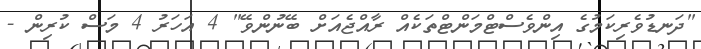
"ދަނޑުވެރިކަމުގެ އިންވެސްޓްމަންޓްތަކެއް ރާއްޖެއަށް ބޭނުންވޭ" 4 އަހަރު 4 މަސް ކުރިން -